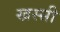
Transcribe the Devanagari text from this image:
खस्सी